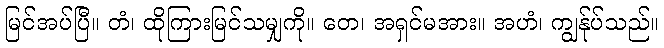
မြင်အပ်ပြီ။ တံ၊ ထိုကြားမြင်သမျှကို။ တေ၊ အရှင်မအား။ အဟံ၊ ကျွန်ုပ်သည်။